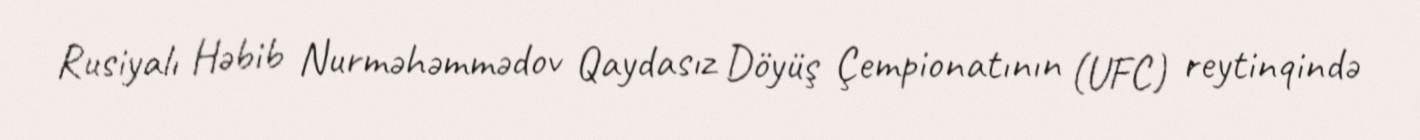
Rusiyalı Həbib Nurməhəmmədov Qaydasız Döyüş Çempionatının (UFC) reytinqində